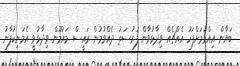
ބަޔާން އިއްވުމަށްފަހު އެއްޗެއް ވިދާޅުވާން ފުރުސަތު ދެއްވުމުން ރައީސް މައުމޫން ވިދާޅުވީ އެމަނިކުފާނު